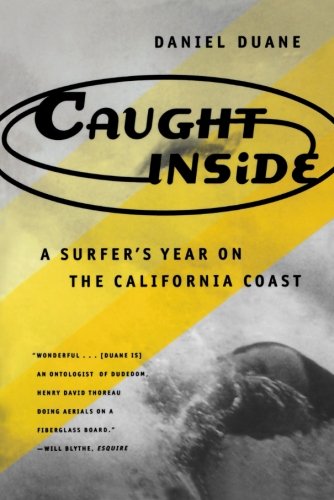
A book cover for Caught Inside: A Surfer's Year on the California Coast; Daniel Duane; Sports & Outdoors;